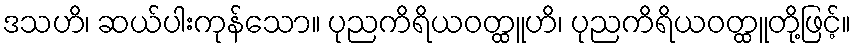
ဒသဟိ၊ ဆယ်ပါးကုန်သော။ ပုညကိရိယဝတ္ထူဟိ၊ ပုညကိရိယဝတ္ထူတို့ဖြင့်။